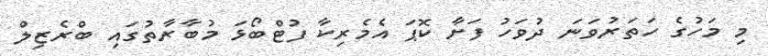
މި މަހުގެ ހަތަރުވަނަ ދުވަހު ފަށާ ކޮޕަ އެމެރިކާ ފުޓްބޯޅަ މުބާރާތުގައި ބްރެޒިލް